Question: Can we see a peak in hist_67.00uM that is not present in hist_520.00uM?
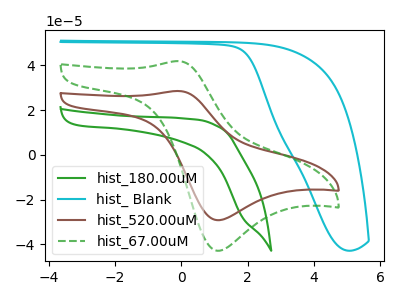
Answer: <think>The green curve "hist_180.00uM" has no peaks. The cyan curve "hist_ Blank" has no peaks. The brown curve "hist_520.00uM" has an anodic peak at (-0.05V, 28.55uA) and a cathodic peak at (1.10V, -29.20uA). The green dashed curve "hist_67.00uM" has an anodic peak at (-0.05V, 41.90uA) and a cathodic peak at (1.10V, -42.90uA).
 All the peaks in "hist_67.00uM" have a peak in "hist_520.00uM" at the same potential. Every peak in "hist_67.00uM" is higher than every peak in "hist_520.00uM".</think>
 <answer>No, "hist_67.00uM" and "hist_520.00uM" don't appear to be significantly different in shape</answer>
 <eval>no_change</eval>